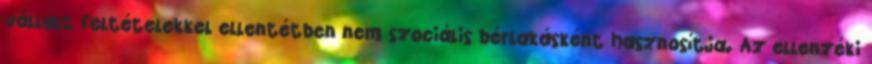
vállalt feltételekkel ellentétben nem szociális bérlakásként hasznosítja. Az ellenzéki